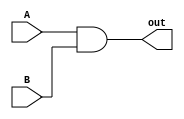
`timescale 1ns / 1ps
//////////////////////////////////////////////////////////////////////////////////
// Company: 
// Engineer: 
// 
// Design Name: 
// Module Name: bitAnd
// Project Name: 
// Target Devices: 
// Tool Versions: 
// Description: 
// 
// Dependencies: 
// 
// Revision:
// Revision 0.01 - File Created
// Additional Comments:
// 
//////////////////////////////////////////////////////////////////////////////////


module bitAnd(A, B, out);
    input A, B;
    output out;
    
    assign out = A & B;
endmodule